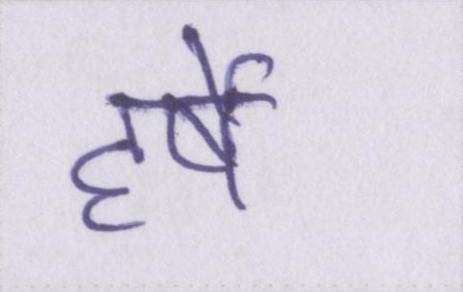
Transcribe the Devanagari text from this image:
हर्षे